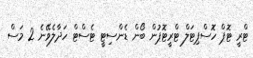
ޓްރީ ޓޮޕް ހޮސްޕިޓަލް ޓްރީޓޮޕުން ބޯން ޑެންސިޓީ ޓެސްޓް ހަދާލެވޭނެ 2 މަސް